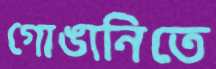
গোঙানিতে